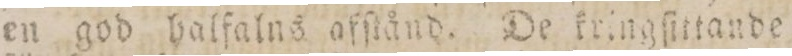
en god halfalns afſtånd. De kringſittande